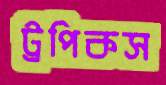
ট্রপিকস